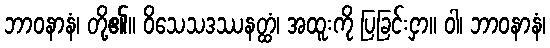
ဘာဝနာနံ၊ တို့၏။ ဝိသေသဒဿနတ္ထံ၊ အထူးကို ပြခြင်းငှာ။ ဝါ၊ ဘာဝနာနံ၊